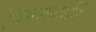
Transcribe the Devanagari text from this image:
निर्मलाताईंनी